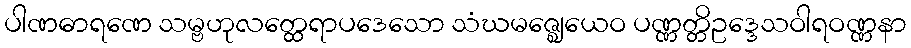
ပါဏဓာရဏေ သမ္ဗဟုလတ္ထေရာပဒေသော သံဃမဇ္ဈေယေဝ ပဏ္ဏတ္တိဥဒ္ဒေသဝါရဝဏ္ဏနာ